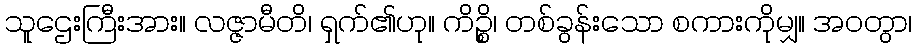
သူဌေးကြီးအား။ လဇ္ဇာမီတိ၊ ရှက်၏ဟု။ ကိဉ္စိ၊ တစ်ခွန်းသော စကားကိုမျှ။ အဝတွာ၊